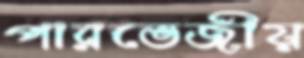
পারভেজীয়